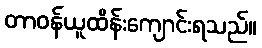
တာဝန်ယူထိန်းကျောင်းရသည်။